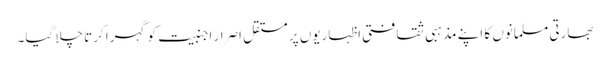
بھارتی مسلمانوں کا اپنے مذہبی ثقافتی اظہاریوں پر مستقل اصرار اجنبیت کو گہرا کرتا چلا گیا۔